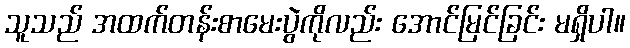
သူသည် အထက်တန်းစာမေးပွဲကိုလည်း အောင်မြင်ခြင်း မရှိပါ။